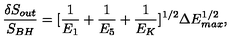
\frac { \delta S _ { o u t } } { S _ { B H } } = [ \frac { 1 } { E _ { 1 } } + \frac { 1 } { E _ { 5 } } + \frac { 1 } { E _ { K } } ] ^ { 1 / 2 } \Delta E _ { m a x } ^ { 1 / 2 } ,